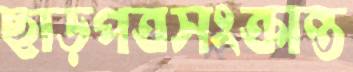
ছাড়পত্রসংক্রান্ত